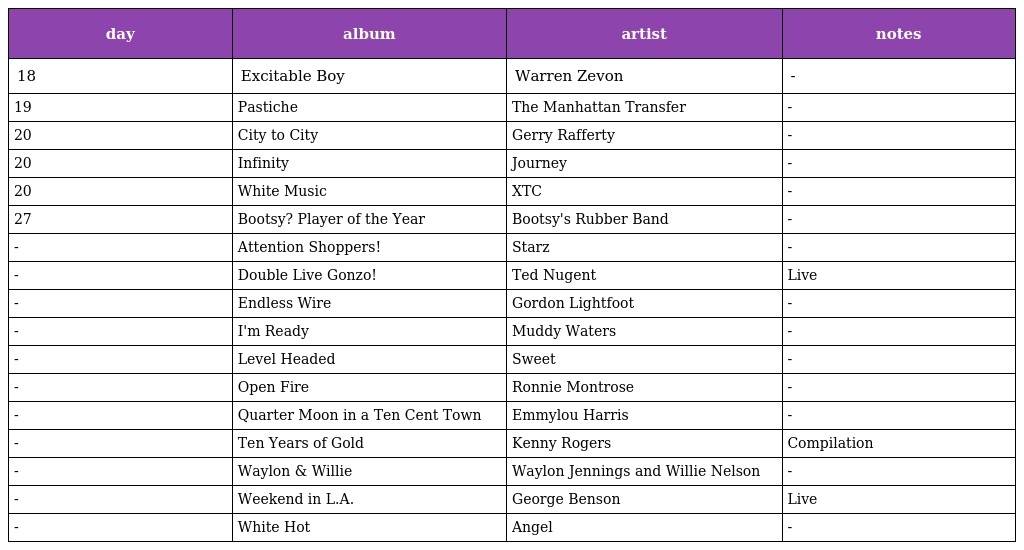
| day | album | artist | notes |
 | --- | --- | --- | --- |
 | 18 | Excitable Boy | Warren Zevon | - |
 | 19 | Pastiche | The Manhattan Transfer | - |
 | 20 | City to City | Gerry Rafferty | - |
 | 20 | Infinity | Journey | - |
 | 20 | White Music | XTC | - |
 | 27 | Bootsy? Player of the Year | Bootsy's Rubber Band | - |
 | - | Attention Shoppers! | Starz | - |
 | - | Double Live Gonzo! | Ted Nugent | Live |
 | - | Endless Wire | Gordon Lightfoot | - |
 | - | I'm Ready | Muddy Waters | - |
 | - | Level Headed | Sweet | - |
 | - | Open Fire | Ronnie Montrose | - |
 | - | Quarter Moon in a Ten Cent Town | Emmylou Harris | - |
 | - | Ten Years of Gold | Kenny Rogers | Compilation |
 | - | Waylon & Willie | Waylon Jennings and Willie Nelson | - |
 | - | Weekend in L.A. | George Benson | Live |
 | - | White Hot | Angel | - |